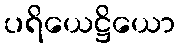
ပရိယေဋ္ဌိယော